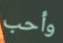
وأحب